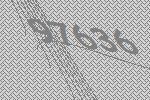
97636